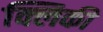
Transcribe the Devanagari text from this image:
क्लिकी